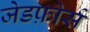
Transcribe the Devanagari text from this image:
जेडफ़ोर्स